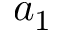
a _ { 1 }